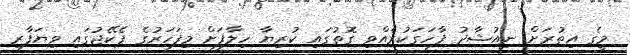
މީގެ އިތުރަށް ނިއުޝާދު ފާހަގަކުރެއްވި ގޮތުގައި ކުރިޔާ ހިލާފަށް މިފަހަރުގެ ޕެކޭޖުގައި ވިޔަފާރި